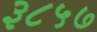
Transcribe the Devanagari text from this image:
३८५७